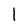
Character: l